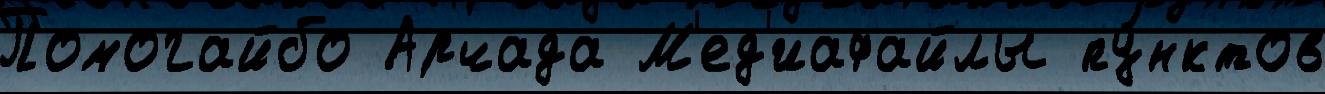
Помогайбо Арчада М'ед'иафайлы пу́нктов